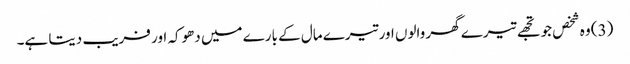
(3) وہ شخص جو تجھے تیرے گھر والوں اور تیرے مال کے بارے میں دھوکہ اور فریب دیتا ہے۔